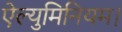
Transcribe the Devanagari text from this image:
ऐल्युमिनियम।